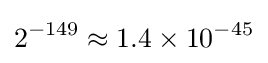
2^{-149}\approx 1.4\times 10^{-45}